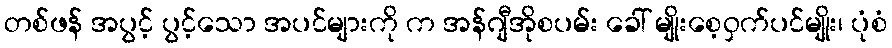
တစ်ဖန် အပွင့် ပွင့်သော အပင်များကို က အန်ဂျီအိုစပမ်း ခေါ် မျိုးစေ့ဝှက်ပင်မျိုး၊ ပုံစံ